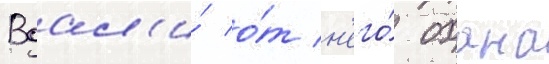
Вдал'и́ о́т н'его́ охана